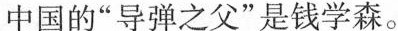
中国的”导弹之父”是钱学森。